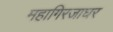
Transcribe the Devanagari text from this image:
महागिरजाघर